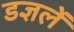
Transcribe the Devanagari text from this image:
डज्ञलें